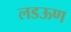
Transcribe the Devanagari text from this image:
लडऊण